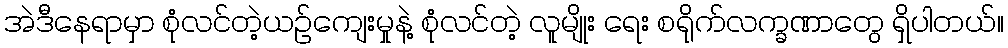
အဲဒီနေရာမှာ စုံလင်တဲ့ယဉ်ကျေးမှုနဲ့ စုံလင်တဲ့ လူမျိုး ရေး စရိုက်လက္ခဏာတွေ ရှိပါတယ်။